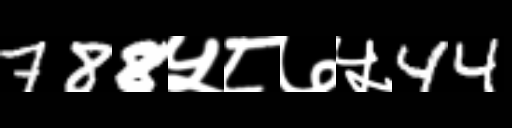
Text: 788५८७५44